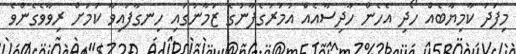
މިފަދަ ކާމިޔާބެއް ހޯދި އެހެން ހާދިސާއެއް އުމަރުގެފާނުގެ ޒަމާނުގައި ހިނގާފައިވާ ކަމަށް ރިވާވެގެންވެ